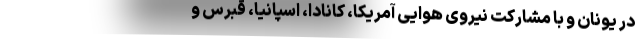
در یونان و با مشارکت نیروی هوایی آمریکا، کانادا، اسپانیا، قبرس و